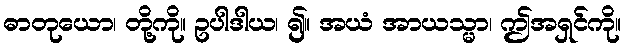
ဓာတုယော၊ တို့ကို။ ဥပါဒါယ၊ ၍။ အယံ အာယသ္မာ၊ ဤအရှင်ကို။